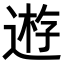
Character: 𨔼